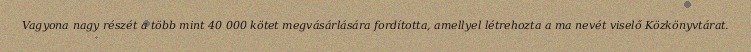
Vagyona nagy részét a több mint 40 000 kötet megvásárlására fordította, amellyel létrehozta a ma nevét viselő Közkönyvtárat.